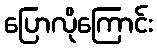
ပြောလိုကြောင်း